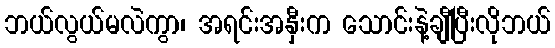
ဘယ်လွယ်မလဲကွာ၊ အရင်းအနှီးက သောင်းနဲ့ချီပြီးလိုဘယ်